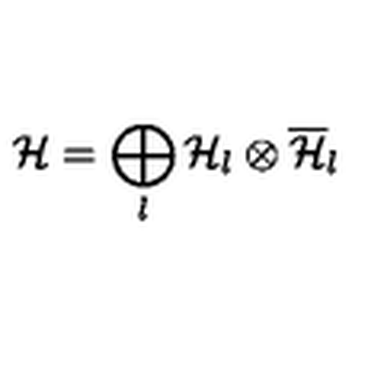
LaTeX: { \cal H } = \bigoplus _ { l } { \cal H } _ { l } \otimes \overline { { \cal H } } _ { l }